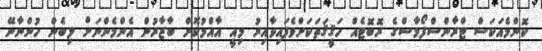
ކޮންމެއަކަސް ޓްރާންސްފޯމާސްގެ ރޮބޮޓެއް ހަޤީޤަތަކަށްވެފައިވާއިރު މިއީ އާއްމުކޮށް ބާޒާރުން އެންމެންނަށް ލިބެން ހުންނާނޭ